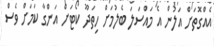
އެއްގޮތަށް އަލުން އެ މައްސަލަ ބެލުމަށް ހިތަދޫ ކޯޓަށް އަންގާ ކަމަށް ވެސް